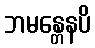
ဘမန္တေနပိ